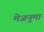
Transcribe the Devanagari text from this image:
मेजनुमा